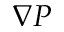
\nabla P